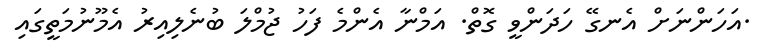
.އަހަންނަށް އެނގޭ ހަދަންވީ ގޮތް. އަމްނާ އެންމެ ފަހު ޖުމްލަ ބުނެލިއިރު އެމޫނުމަތީގައި